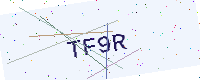
Text: TF9R